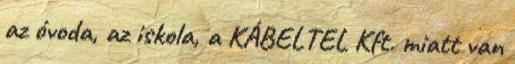
az óvoda, az iskola, a KÁBELTEL Kft. miatt van